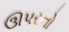
ઊપરનો